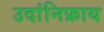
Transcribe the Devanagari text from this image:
उदांनिफ्राय